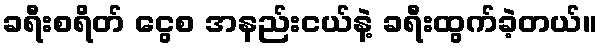
ခရီးစရိတ် ငွေစ အနည်းငယ်နဲ့ ခရီးထွက်ခဲ့တယ်။